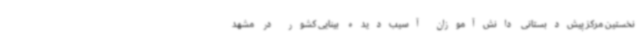
نخستین مرکز پیش‌دبستانی دانش‌آموزان آسیب‌دیده بینایی کشور در مشهد